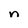
Character: n